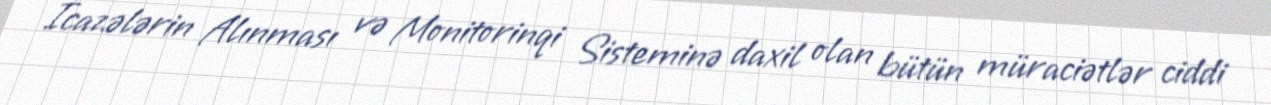
İcazələrin Alınması və Monitorinqi Sisteminə daxil olan bütün müraciətlər ciddi